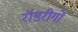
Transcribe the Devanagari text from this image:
रॉडरीगो